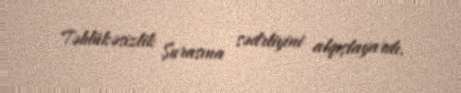
Təhlükəsizlik Şurasına sədrliyini alqışlayardı.